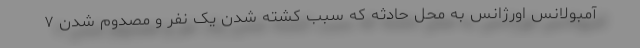
آمبولانس اورژانس به محل حادثه که سبب کشته شدن یک نفر و مصدوم شدن ۷